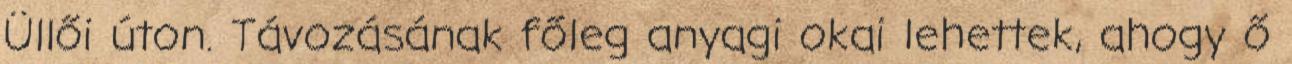
Üllői úton. Távozásának főleg anyagi okai lehettek, ahogy ő